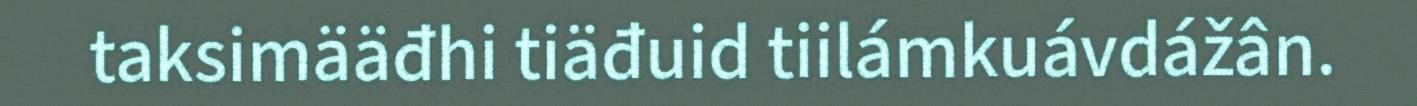
taksimääđhi tiäđuid tiilámkuávdážân.